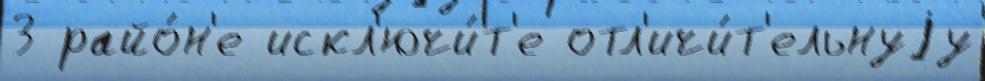
3 райо́н'е искл'ючи́т'е отл'ичи́т'ельнуjу